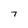
Character: 7